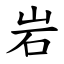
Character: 岩